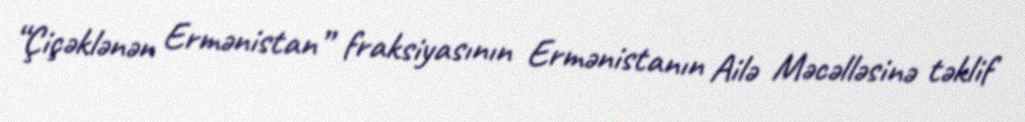
“Çiçəklənən Ermənistan” fraksiyasının Ermənistanın Ailə Məcəlləsinə təklif